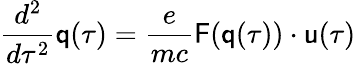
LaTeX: \frac{d^{2}}{d\tau^{2}}{\textbf{\textsf{q}}}(\tau)=\frac{e}{mc}{\textbf{\textsf{F}}}({\textbf{\textsf{q}}}(\tau))\cdot{\textbf{\textsf{u}}}(\tau)